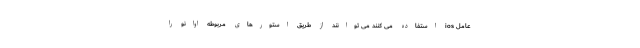
عامل ios استفاده می کنند می توانند از طریق استورهای مربوطه اوانو را